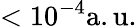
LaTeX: <10^{-4}\mathrm{a.u.}